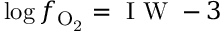
\log f _ { \mathrm { O _ { 2 } } } = \mathrm { ~ I ~ W ~ } - 3